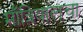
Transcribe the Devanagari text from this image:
माँत्रियालचा